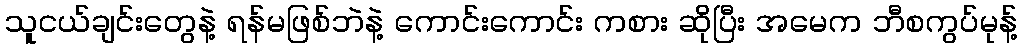
သူငယ်ချင်းတွေနဲ့ ရန်မဖြစ်ဘဲနဲ့ ကောင်းကောင်း ကစား ဆိုပြီး အမေက ဘီစကွပ်မုန့်